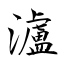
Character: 瀘